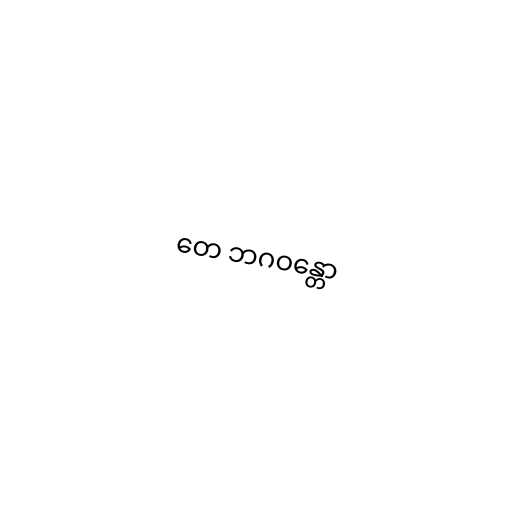
တေ ဘဂဝန္တော